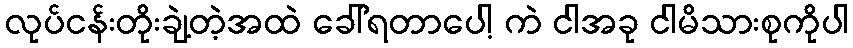
လုပ်ငန်းတိုးချဲ့တဲ့အထဲ ခေါ်ရတာပေါ့ ကဲ ငါအခု ငါမိသားစုကိုပါ